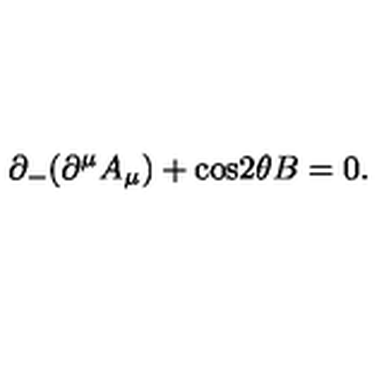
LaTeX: { \partial } _ { - } ( { \partial } ^ { \mu } A _ { \mu } ) + \mathrm { c o s } 2 { \theta } B = 0 .